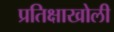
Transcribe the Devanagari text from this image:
प्रतिक्षाखोली